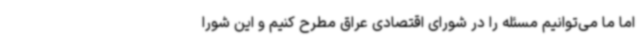
اما ما می‌توانیم مسئله را در شورای اقتصادی عراق مطرح کنیم و این شورا